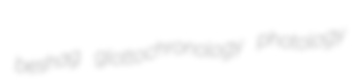
beshag glottochronology photology